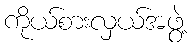
ကိုယ်စားလှယ်အဖွဲ့